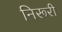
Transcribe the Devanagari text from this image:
निरूरी